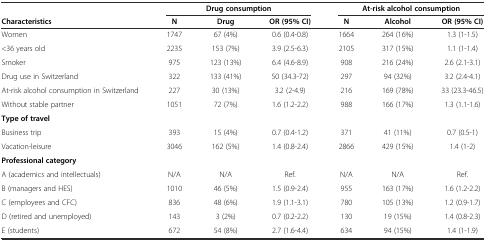
<table><thead><tr><td></td><td colspan="3"><b>Drug consumption</b></td><td colspan="3"><b>At-risk alcohol consumption</b></td></tr><tr><td><b>Characteristics</b></td><td><b>N</b></td><td><b>Drug</b></td><td><b>OR (95% CI)</b></td><td><b>N</b></td><td><b>Alcohol</b></td><td><b>OR (95% CI)</b></td></tr></thead><tbody><tr><td>Women</td><td>1747</td><td>67 (4%)</td><td>0.6 (0.4-0.8)</td><td>1664</td><td>264 (16%)</td><td>1.3 (1-1.5)</td></tr><tr><td>&lt;36 years old</td><td>2235</td><td>153 (7%)</td><td>3.9 (2.5-6.3)</td><td>2105</td><td>317 (15%)</td><td>1.1 (1-1.4)</td></tr><tr><td>Smoker</td><td>975</td><td>123 (13%)</td><td>6.4 (4.6-8.9)</td><td>908</td><td>216 (24%)</td><td>2.6 (2.1-3.1)</td></tr><tr><td>Drug use in Switzerland</td><td>322</td><td>133 (41%)</td><td>50 (34.3-72)</td><td>297</td><td>94 (32%)</td><td>3.2 (2.4-4.1)</td></tr><tr><td>At-risk alcohol consumption in Switzerland</td><td>227</td><td>30 (13%)</td><td>3.2 (2-4.9)</td><td>216</td><td>169 (78%)</td><td>33 (23.3-46.5)</td></tr><tr><td>Without stable partner</td><td>1051</td><td>72 (7%)</td><td>1.6 (1.2-2.2)</td><td>988</td><td>166 (17%)</td><td>1.3 (1.1-1.6)</td></tr><tr><td><b>Type of travel</b></td><td></td><td></td><td></td><td></td><td></td><td></td></tr><tr><td>Business trip</td><td>393</td><td>15 (4%)</td><td>0.7 (0.4-1.2)</td><td>371</td><td>41 (11%)</td><td>0.7 (0.5-1)</td></tr><tr><td>Vacation-leisure</td><td>3046</td><td>162 (5%)</td><td>1.4 (0.8-2.4)</td><td>2866</td><td>429 (15%)</td><td>1.4 (1-2)</td></tr><tr><td><b>Professional category</b></td><td></td><td></td><td></td><td></td><td></td><td></td></tr><tr><td>A (academics and intellectuals)</td><td>N/A</td><td>N/A</td><td>Ref.</td><td>N/A</td><td>N/A</td><td>Ref.</td></tr><tr><td>B (managers and HES)</td><td>1010</td><td>46 (5%)</td><td>1.5 (0.9-2.4)</td><td>955</td><td>163 (17%)</td><td>1.6 (1.2-2.2)</td></tr><tr><td>C (employees and CFC)</td><td>836</td><td>48 (6%)</td><td>1.9 (1.1-3.1)</td><td>780</td><td>105 (13%)</td><td>1.2 (0.9-1.7)</td></tr><tr><td>D (retired and unemployed)</td><td>143</td><td>3 (2%)</td><td>0.7 (0.2-2.2)</td><td>130</td><td>19 (15%)</td><td>1.4 (0.8-2.3)</td></tr><tr><td>E (students)</td><td>672</td><td>54 (8%)</td><td>2.7 (1.6-4.4)</td><td>634</td><td>94 (15%)</td><td>1.4 (1-1.9)</td></tr></tbody></table>